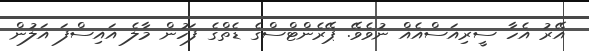
އޭރު އެހާ ސީރިއަސްއެއް ނުވެވޭ. ޕޭރެންޓްސްގެ ޑެތްގެ ފަހުން މާލެ އައިސްފަ އަލުން